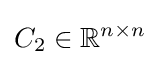
C_{2}\in \mathbb {R} ^{n\times n}